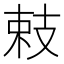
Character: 㩽